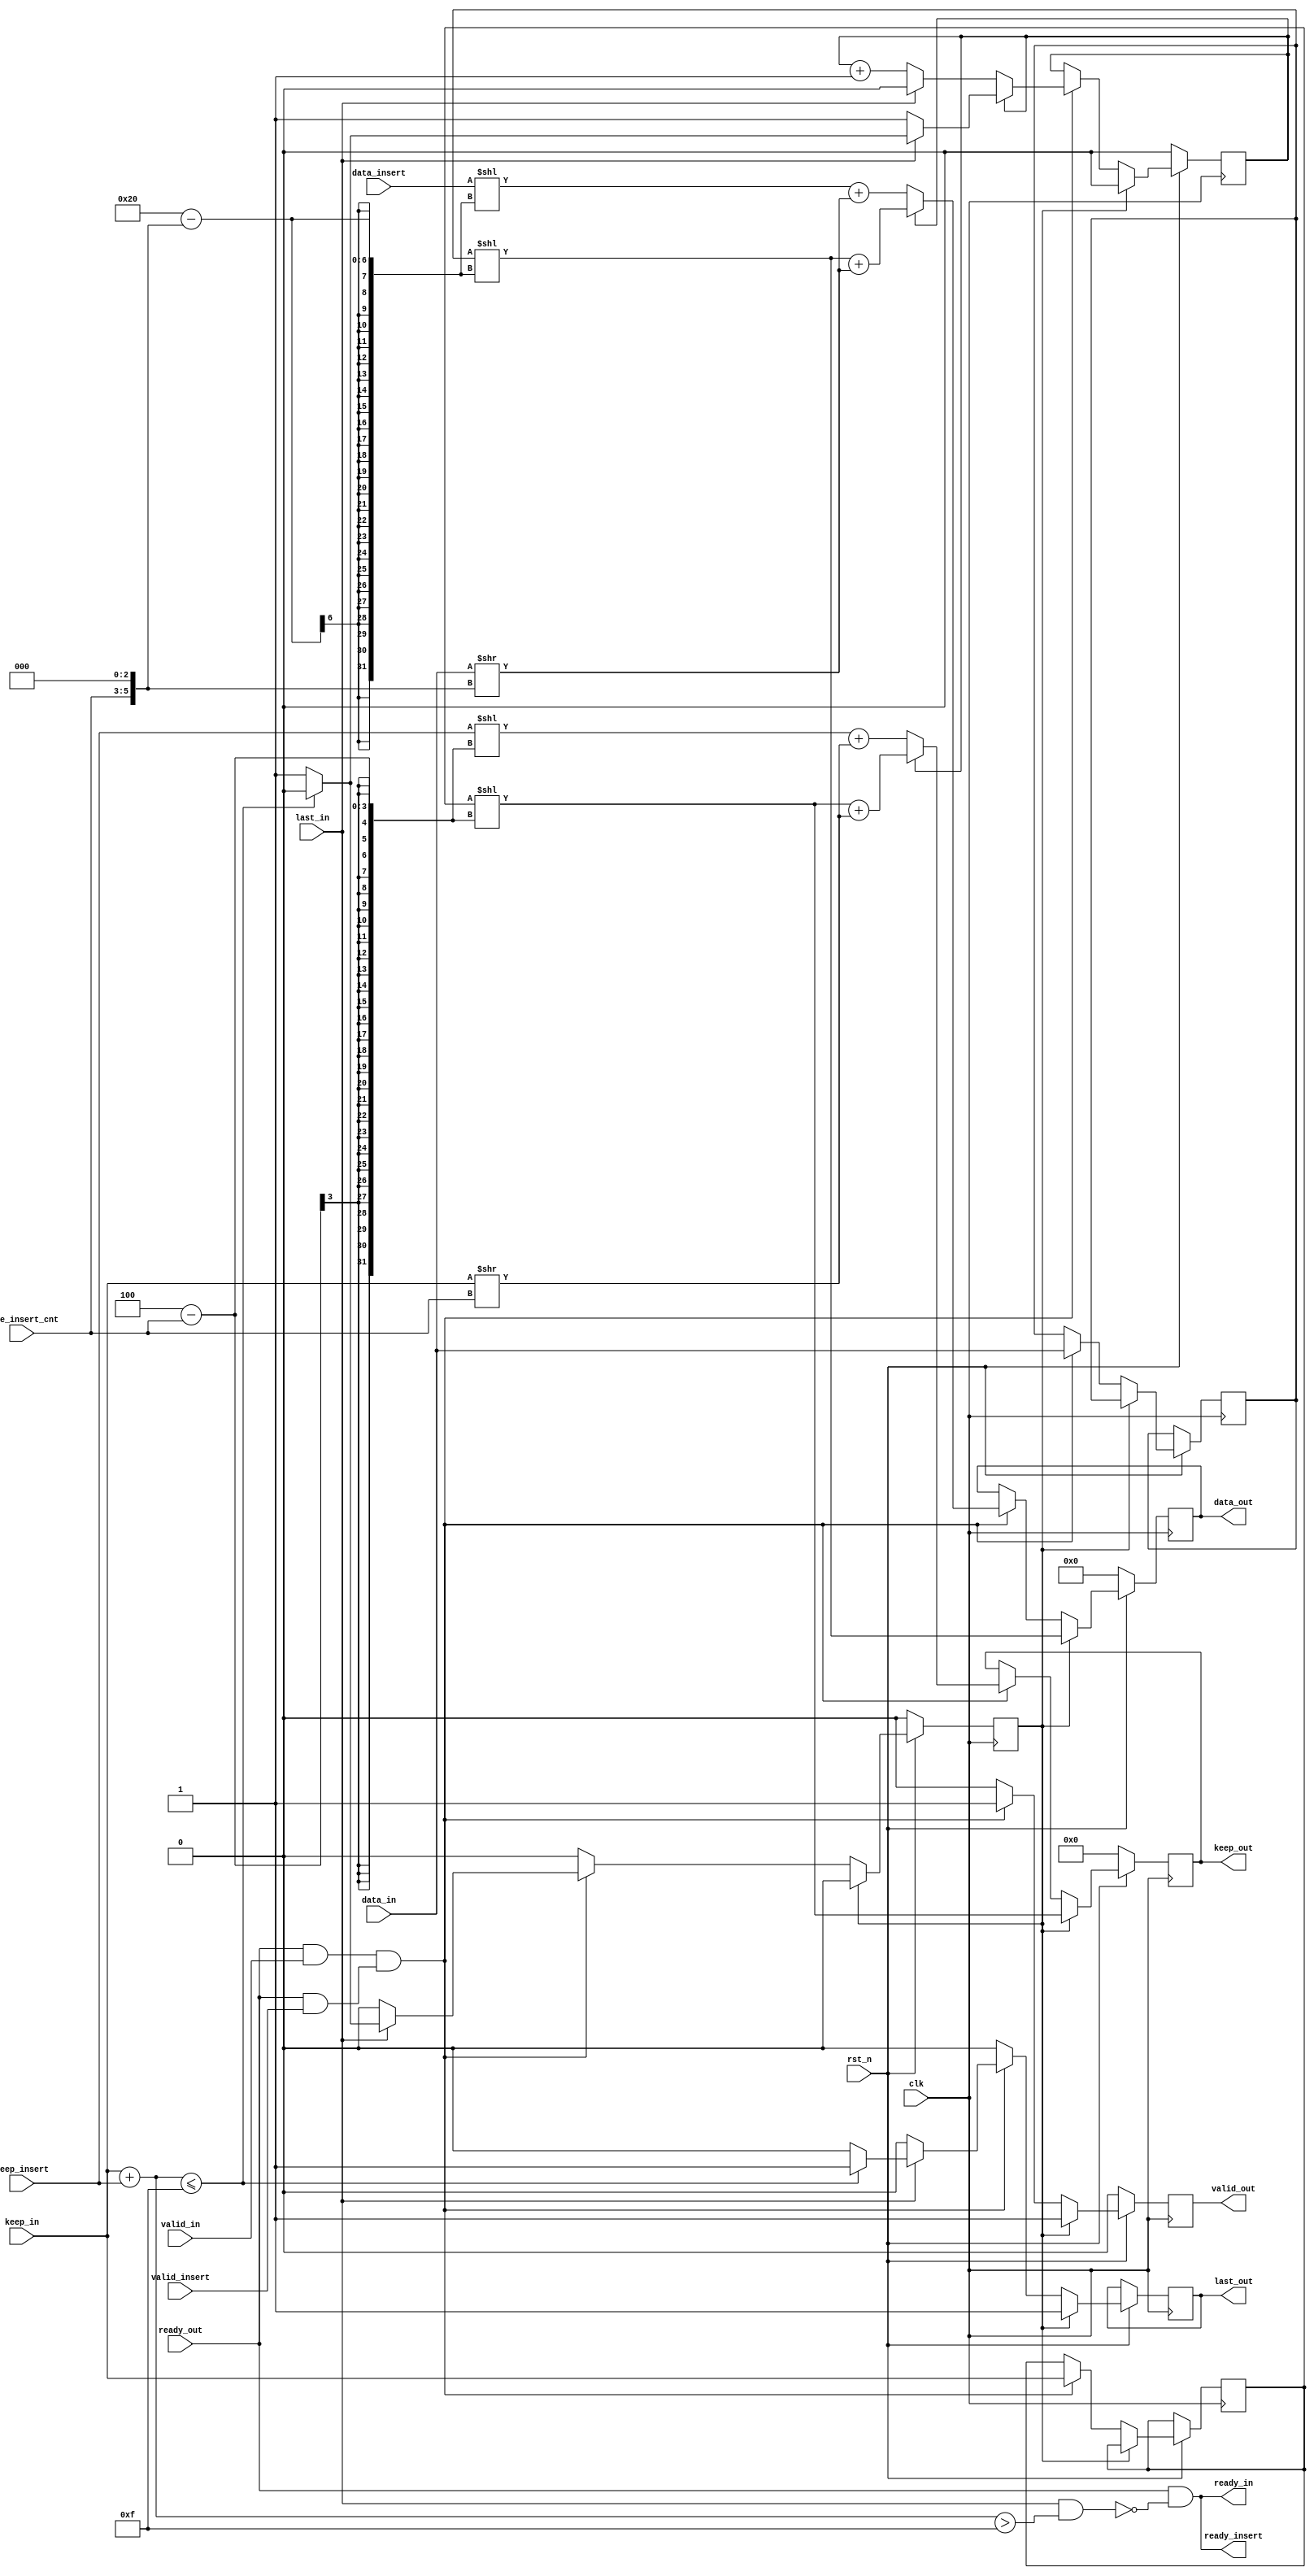
`timescale 1ns / 1ps
//////////////////////////////////////////////////////////////////////////////////
// Company: 
// Engineer: 
// 
// Design Name: 
// Module Name: axi_stream_insert_header
// Project Name: 
// Target Devices: 
// Tool Versions: 
// Description: 
// 
// Dependencies: 
// 
// Revision:
// Revision 0.01 - File Created
// Additional Comments:
// 
//////////////////////////////////////////////////////////////////////////////////


module axi_stream_insert_header #(
    parameter DATA_WD       = 32                    ,
    parameter DATA_BYTE_WD  = DATA_WD / 8           ,
    parameter BYTE_CNT_WD   = 2                     ,
    parameter BIT_CNT_WD    = 5
) (
    input                             clk             ,
    input                             rst_n           ,
    // AXI Stream input original data
    input                             valid_in        ,
    input       [DATA_WD-1 : 0]       data_in         ,
    input       [DATA_BYTE_WD-1 : 0]  keep_in         ,
    input                             last_in         ,
    output                            ready_in        ,
    // AXI Stream output with header inserted
    output reg                        valid_out       ,
    output reg  [DATA_WD-1 : 0]       data_out        ,
    output reg  [DATA_BYTE_WD-1 : 0]  keep_out        ,
    output reg                        last_out        ,
    input                             ready_out       ,
    // The header to be inserted to AXI Stream input
    input                             valid_insert    ,
    input       [DATA_WD-1 : 0]       data_insert     ,
    input       [DATA_BYTE_WD-1 : 0]  keep_insert     ,
    input       [BYTE_CNT_WD : 0]     byte_insert_cnt ,
    output                            ready_insert      
);

wire                            handshake           ;
wire                            handshake_in        ;
wire                            handshake_insert    ;
wire    [BIT_CNT_WD : 0]        bit_data_shift      ;
wire    [DATA_BYTE_WD : 0]      keep_ext            ;
wire                            ready_last          ;

reg     [DATA_WD-1 : 0]         shift_data          ;
reg     [DATA_BYTE_WD-1 : 0]    shift_keep          ;
reg     [DATA_BYTE_WD-1 : 0]    header_width        ;
reg                             header_insert_flag  ;
reg                             check_last          ;
reg                             need_delay          ;                      

assign ready_last = last_in & (keep_ext > {DATA_BYTE_WD{1'b1}});
assign ready_in = ready_out & (~ready_last);
assign ready_insert = ready_out & (~ready_last);

assign handshake_in = ready_out & valid_in;
assign handshake_insert = ready_out & valid_insert;
assign handshake = handshake_in & handshake_insert;

assign bit_data_shift = byte_insert_cnt << 3;

assign keep_ext = keep_in + keep_insert;

always @(posedge clk)  begin
    if(~rst_n)  begin
        valid_out <= 0;
        data_out <= 0;
        keep_out <= 0;
        header_insert_flag <= 0;
        check_last <= 0;
        need_delay <= 0;
    end
    else    begin
        if(need_delay)  begin
            valid_out <= 1;
            need_delay <= 0;
            last_out <= 1;
            header_insert_flag <= 0;
            data_out <= shift_data << (DATA_WD - bit_data_shift);
            keep_out <= shift_keep << (DATA_BYTE_WD - byte_insert_cnt);
        end
        else    begin
            if(handshake)   begin
                valid_out <= 1;
                if(~header_insert_flag) begin
                    header_insert_flag <= header_insert_flag + 1;
                    data_out <= (data_insert << (DATA_WD - bit_data_shift)) + (data_in >> bit_data_shift);
                    shift_data <= data_in;
                    keep_out <= (keep_insert << (DATA_BYTE_WD - byte_insert_cnt)) + (keep_in >> byte_insert_cnt);
                    shift_keep <= keep_in;
                    last_out <= 0;
                    if(last_in) begin
                        if(keep_ext <= {DATA_BYTE_WD{1'b1}})    begin
                            need_delay <= 0;
                            header_insert_flag <= 0;
                            last_out <= 1;
                        end
                        else    begin
                            need_delay <= 1;
                            header_insert_flag <= header_insert_flag;
                            last_out <= 0;
                        end
                    end
                end
                else    begin
                    if(~last_in)    begin
                        need_delay <= 0;
                        header_insert_flag <= header_insert_flag;
                        last_out <= 0;
                    end
                    else    begin
                        if(keep_ext <= {DATA_BYTE_WD{1'b1}})    begin
                            need_delay <= 0;
                            header_insert_flag <= 0;
                            last_out <= 1;
                        end
                        else    begin
                            need_delay <= 1;
                            header_insert_flag <= header_insert_flag;
                            last_out <= 0;
                        end
                    end
                    data_out <= (shift_data << (DATA_WD - bit_data_shift)) + (data_in >> bit_data_shift);
                    shift_data <= data_in;
                    keep_out <= (shift_keep << (DATA_BYTE_WD - byte_insert_cnt)) + (keep_in >> byte_insert_cnt);
                    shift_keep <= keep_in;
                end
            end
            else    begin
                valid_out <= 0;
                last_out <= 0;
            end
        end
    end
end

endmodule